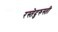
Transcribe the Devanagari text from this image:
रस्तेदुरुस्ती